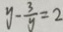
y - \frac { 3 } { y } = 2